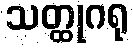
သတ္ထုဂရု